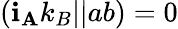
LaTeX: (\mathbf{i}_{\mathbf{A}}k_{B}||ab)=0